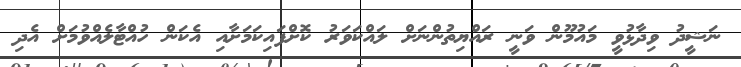
ނަޝީދު ވިދާޅުވީ މައުމޫން ވަނީ ރައްޔިތުންނަށް ލައްކަވަރު ކޮށްފައިކަމަށާއި އެކަން ހުއްޓާލެއްވުމަށް އެދި